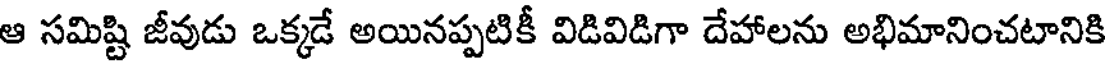
ఆ సమిష్టి జీవుడు ఒక్కడే అయినప్పటికీ విడివిడిగా దేహాలను అభిమానించటానికి